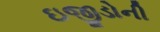
ઇજીડોની